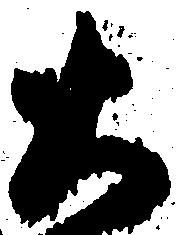
大